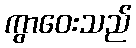
ကွာဝေးသည်